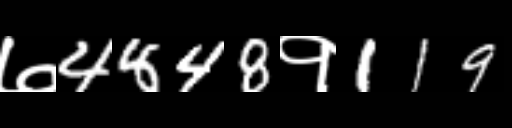
Text: ७4848१119